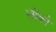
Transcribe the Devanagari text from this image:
लोंको